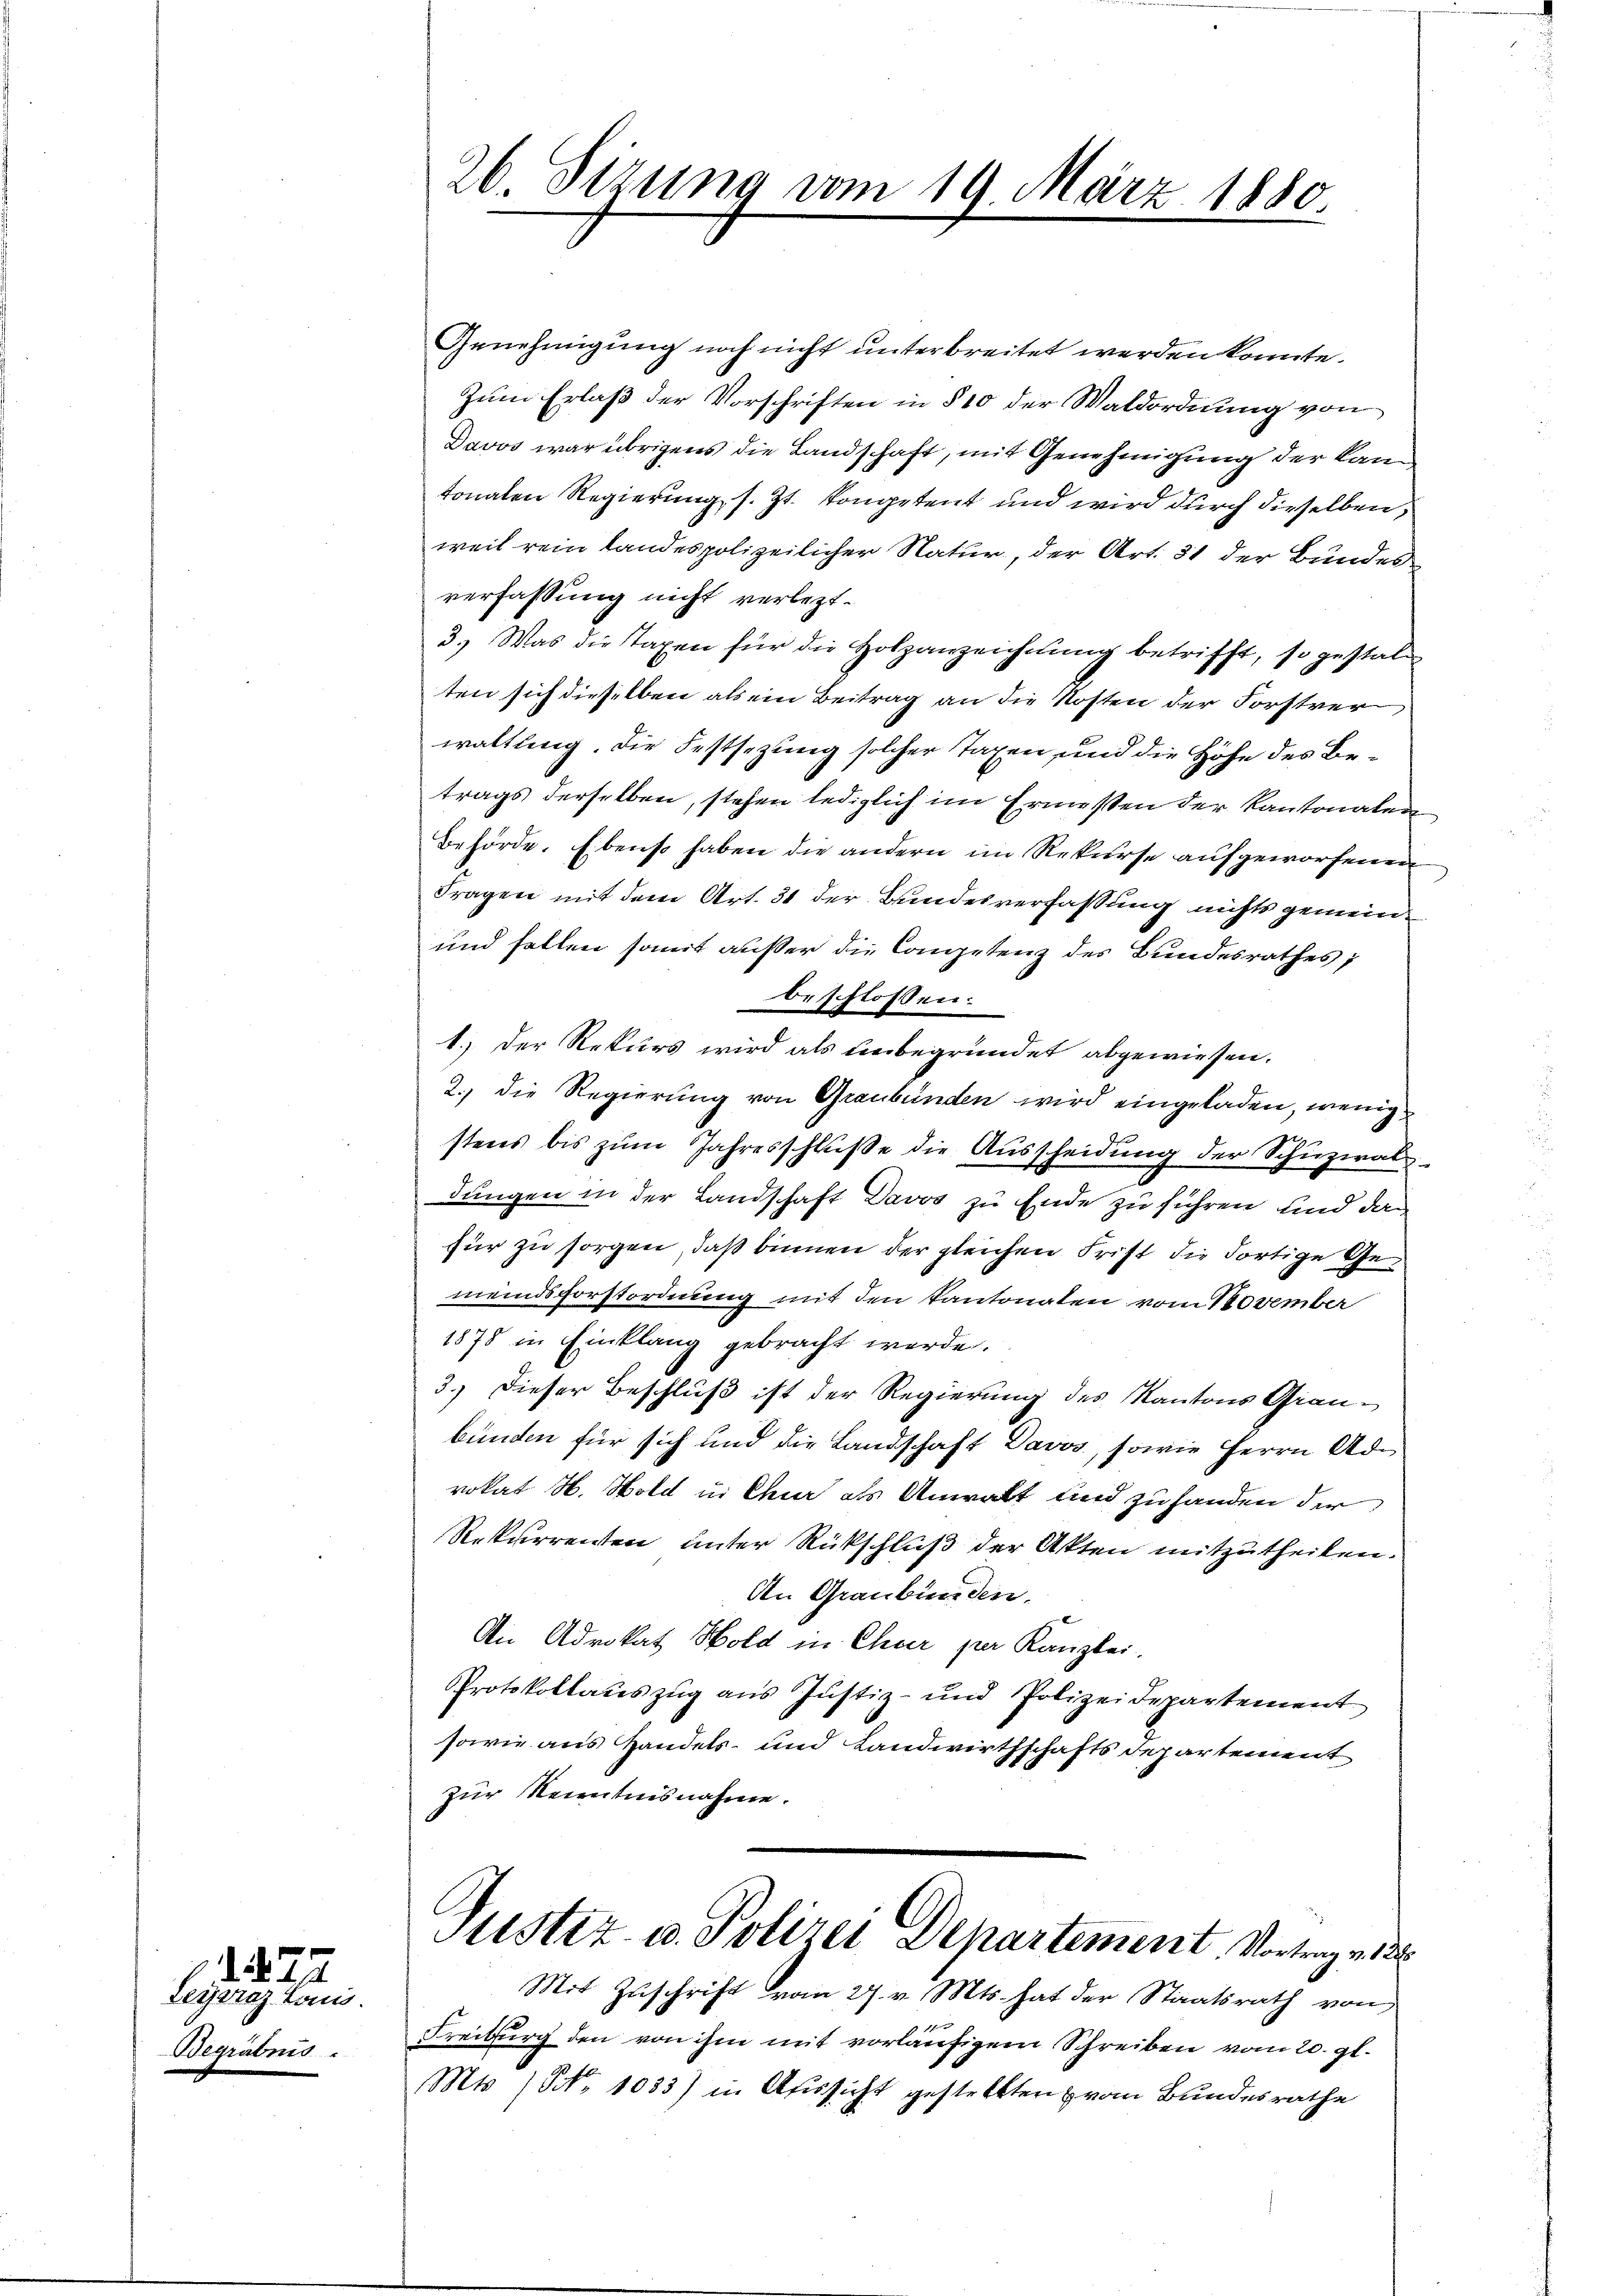
Teywraz Louis.
Begräbnis.

1822

26. Sizung vom 19. März 1880.

Genehmigung noch nicht unterbreitet werden könnte.
Zum Erlaß der Vorschriften in § 10 der Waldordnung von
Davos war übrigens die Landschaft, mit Genehmigung der kam,
tonalen Regierung s. Zt. Kompetent und wird durch dieselben,
weil rein Landespolizeilicher Natur, der Art. 31 der Bundesverfassung nicht verletzt.
3.) Was die Taxen für die Holzanzeichnung betrifft, so gestalt
ten sich dieselben als ein Beitrag an die Kosten der Forstver
waltling. Die Festsezung solcher Taxen und die Höhe des Betrags derselben, stehen lediglich im Ermessen der Kantonalen
Behörde. Ebenso haben die andern im Rekurse aufgeworfenen
Fragen mit dem Art. 31 der Bundesverfassung nichts gemein¬
und fallen somit außer die Competenz des Bundesrathes
beschlossen:
1.) Der Rekurs wird als unbegründet abgewiesen.
2.) Die Regierung von Graubünden wird eingeladen, wenig
stens bis zŭm Jahresschlüße die Ausscheidung der Schüzwal
dungen in der Landschaft Davos zu Ende zu führen und dan
für zu sorgen, daß binnen der gleichen Frist die dortige Gemeindsforstordnung mit den Kantonaten vom November
1878 in Einklang gebracht werde.
3.) Dieser Beschluß ist der Regierung des Kantons Grau-
bünden für sich und die Landschaft Davos, sowie Herrn Advokat H. Mold in Chur als Anwalt und zu handen der
Rekurrenten unter Rückschluß der Akten mitzutheilen.
An Graubünden.
An Advokat Hold in Chur per Kanzlei.
Protokollauszug aus Justiz- und Polizeidepartement
sowie aus Handels- und Landwirthschafts Departement
zur Kenntnisnahme.

Justiz- u. Polizei Departement. Vortrag in des

Mit Zuschrift vom 27. v. Mts. hat der Staatsrath von
Freiburg den von ihm mit vorläufigem Schreiben vom 20. gl.
Mts. (NNo. 1033) in Aussicht gestellten vom Bundesrathe